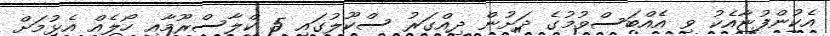
އެކުންފުޏާއެކު ވި އެއްބަސްވުމުގެ ދަށުން ދިއްގަރު ސްކޫލުގައި 5 ކްލާސްރޫމާއި ހޯލެއް އެޅުމަށް